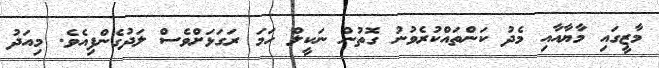
މާޒީގައި މާޔާއާއި މެދު ކަންތައްކުރެވުނު ގޮތުން ނަކީލް ހަމަ ރަގަޅަށްވެސް ލަދުގެންފިއެވެ. މިއަދު